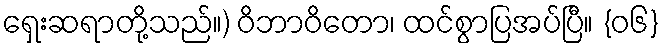
ရှေးဆရာတို့သည်။) ဝိဘာဝိတော၊ ထင်စွာပြအပ်ပြီ။ {၀၆}